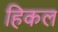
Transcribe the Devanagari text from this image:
हिकल